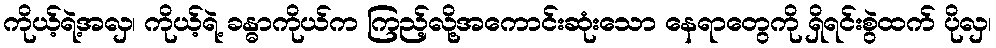
ကိုယ့်ရဲ့အလှ၊ ကိုယ့်ရဲ့ ခန္ဓာကိုယ်က ကြည့်လို့အကောင်းဆုံးသော နေရာတွေကို ရှိရင်းစွဲထက် ပိုလှ၊